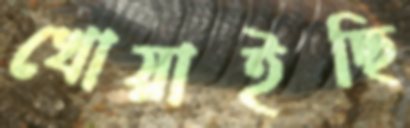
খোয়াইছি